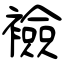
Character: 襝